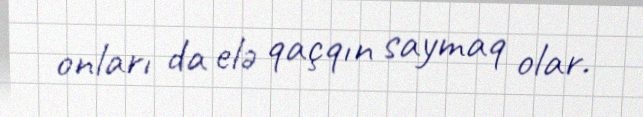
onları da elə qaçqın saymaq olar.